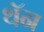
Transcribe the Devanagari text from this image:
थॅन